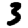
Digit: 3